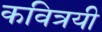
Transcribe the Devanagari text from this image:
कवित्रयी